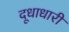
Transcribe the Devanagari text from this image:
दूधाधारी